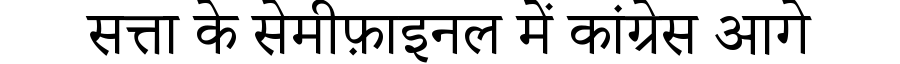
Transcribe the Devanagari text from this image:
सत्ता के सेमीफ़ाइनल में कांग्रेस आगे